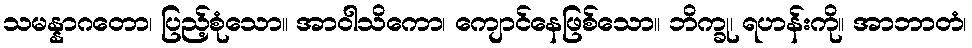
သမန္နာဂတော၊ ပြည့်စုံသော။ အာဝါသိကော၊ ကျောင်နေဖြစ်သော။ ဘိက္ခု၊ ရဟန်းကို။ အာဘာတံ၊